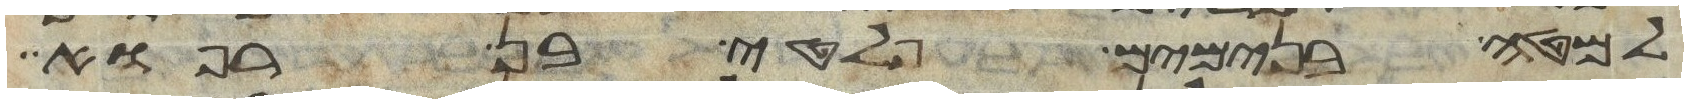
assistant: למטה בנימים פלטי בן רפוא